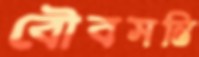
বৌবসন্তি